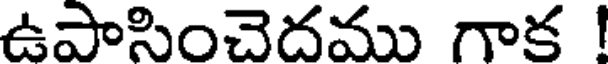
ఉపాసించెదము గాక !